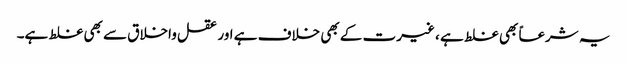
یہ شرعاً بھی غلط ہے ، غیرت کے بھی خلاف ہے اور عقل واخلاق سے بھی غلط ہے۔